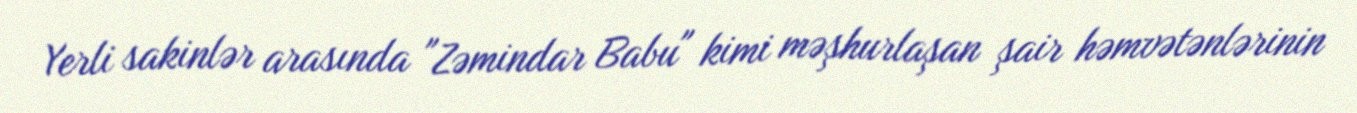
Yerli sakinlər arasında "Zəmindar Babu" kimi məşhurlaşan şair həmvətənlərinin